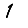
Digit: 1